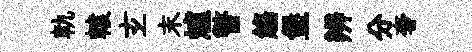
軌轅𤣥末爐瞥觴堡辨分奢